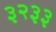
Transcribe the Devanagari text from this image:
३२३३